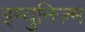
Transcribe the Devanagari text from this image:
इम्युनिज़्म